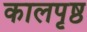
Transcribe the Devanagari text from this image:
कालपृष्ठ